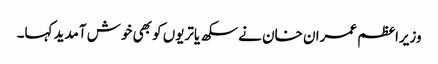
وزیراعظم عمران خان نے سکھ یاتریوں کو بھی خوش آمدید کہا۔